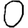
Digit: 0